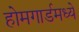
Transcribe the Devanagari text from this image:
होमगार्डमध्ये